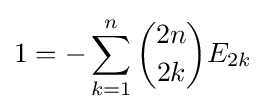
1=-\sum _{k=1}^{n}{\binom {2n}{2k}}E_{2k}